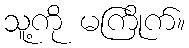
သူ့ကို မကြိုက်။